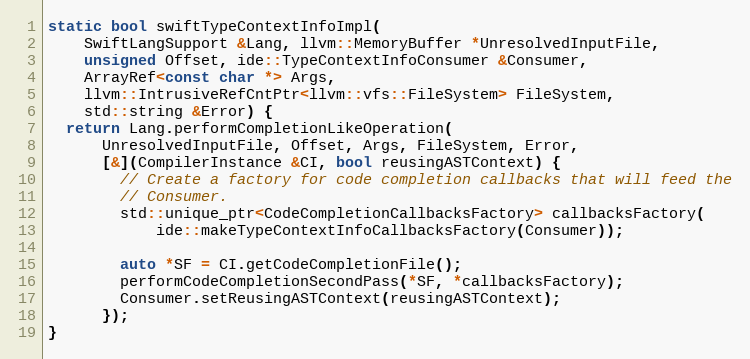
Language: C++
static bool swiftTypeContextInfoImpl(
    SwiftLangSupport &Lang, llvm::MemoryBuffer *UnresolvedInputFile,
    unsigned Offset, ide::TypeContextInfoConsumer &Consumer,
    ArrayRef<const char *> Args,
    llvm::IntrusiveRefCntPtr<llvm::vfs::FileSystem> FileSystem,
    std::string &Error) {
  return Lang.performCompletionLikeOperation(
      UnresolvedInputFile, Offset, Args, FileSystem, Error,
      [&](CompilerInstance &CI, bool reusingASTContext) {
        // Create a factory for code completion callbacks that will feed the
        // Consumer.
        std::unique_ptr<CodeCompletionCallbacksFactory> callbacksFactory(
            ide::makeTypeContextInfoCallbacksFactory(Consumer));

        auto *SF = CI.getCodeCompletionFile();
        performCodeCompletionSecondPass(*SF, *callbacksFactory);
        Consumer.setReusingASTContext(reusingASTContext);
      });
}